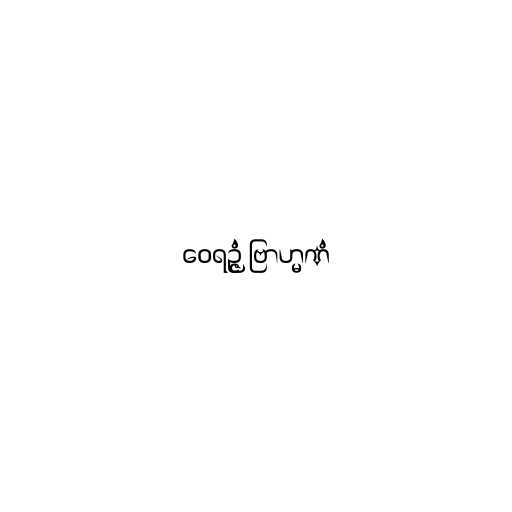
ဝေရဉ္ဇံ ဗြာဟ္မဏံ